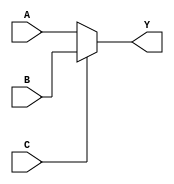
module mux2to1 (
    input A,
    input B,
    input C,
    output Y
);

assign Y = (C == 1) ? B : A;

endmodule